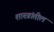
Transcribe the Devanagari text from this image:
शास्त्रांतील